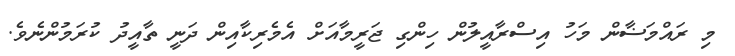
މި ރައްމަޟާން މަހު އިސްރާއީލުން ހިންގި ޖަރީމާއަށް އެމެރިކާއިން ދަނީ ތާއީދު ކުރަމުންނެވެ.